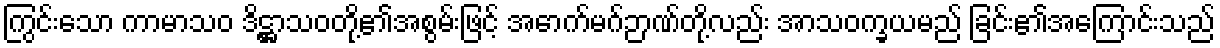
ကြွင်းသော ကာမာသဝ ဒိဋ္ဌာသဝတို့၏အစွမ်းဖြင့် အောက်မဂ်ဉာဏ်တို့လည်း အာသဝက္ခယမည် ခြင်း၏အကြောင်းသည်